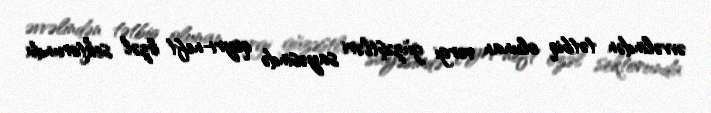
əvvəlindən tətbiq olunan vergi güzəştləri sayəsində qeyri-neft özəl sektorunda